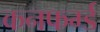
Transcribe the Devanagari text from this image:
कनफर्म्ड